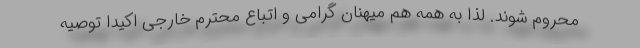
محروم شوند. لذا به همه هم میهنان گرامی و اتباع محترم خارجی اکیدا توصیه